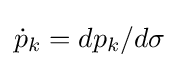
{\dot {p}}_{k}=dp_{k}/d\sigma